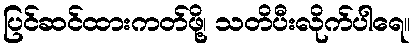
ပြင်ဆင်ထားကတ်ဖို့၊ သတိပီးလိုက်ပါရေ။